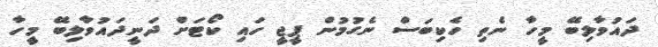
ދައުވާލިބޭ މީހާ ނެތި ހެކިބަސް ނެގުމުން ޕީޖީ ހައި ކޯޓަށް ދަނީދައުވާލިބޭ މީހާ